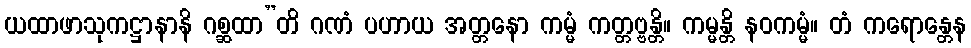
ယထာဖာသုကဋ္ဌာနာနိ ဂစ္ဆထာ”တိ ဂဏံ ပဟာယ အတ္တနော ကမ္မံ ကတ္တဗ္ဗန္တိ။ ကမ္မန္တိ နဝကမ္မံ။ တံ ကရောန္တေန